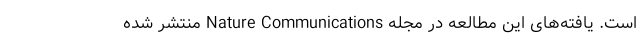
است. یافته‌های این مطالعه در مجله Nature Communications منتشر شده